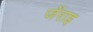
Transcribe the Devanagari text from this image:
जेंराइ